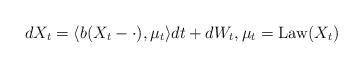
LaTeX: \begin{align*} dX_t=\langle b(X_t-\cdot),\mu_t\rangle dt+dW_t,\mu_t=\operatorname{Law}(X_t)\end{align*}